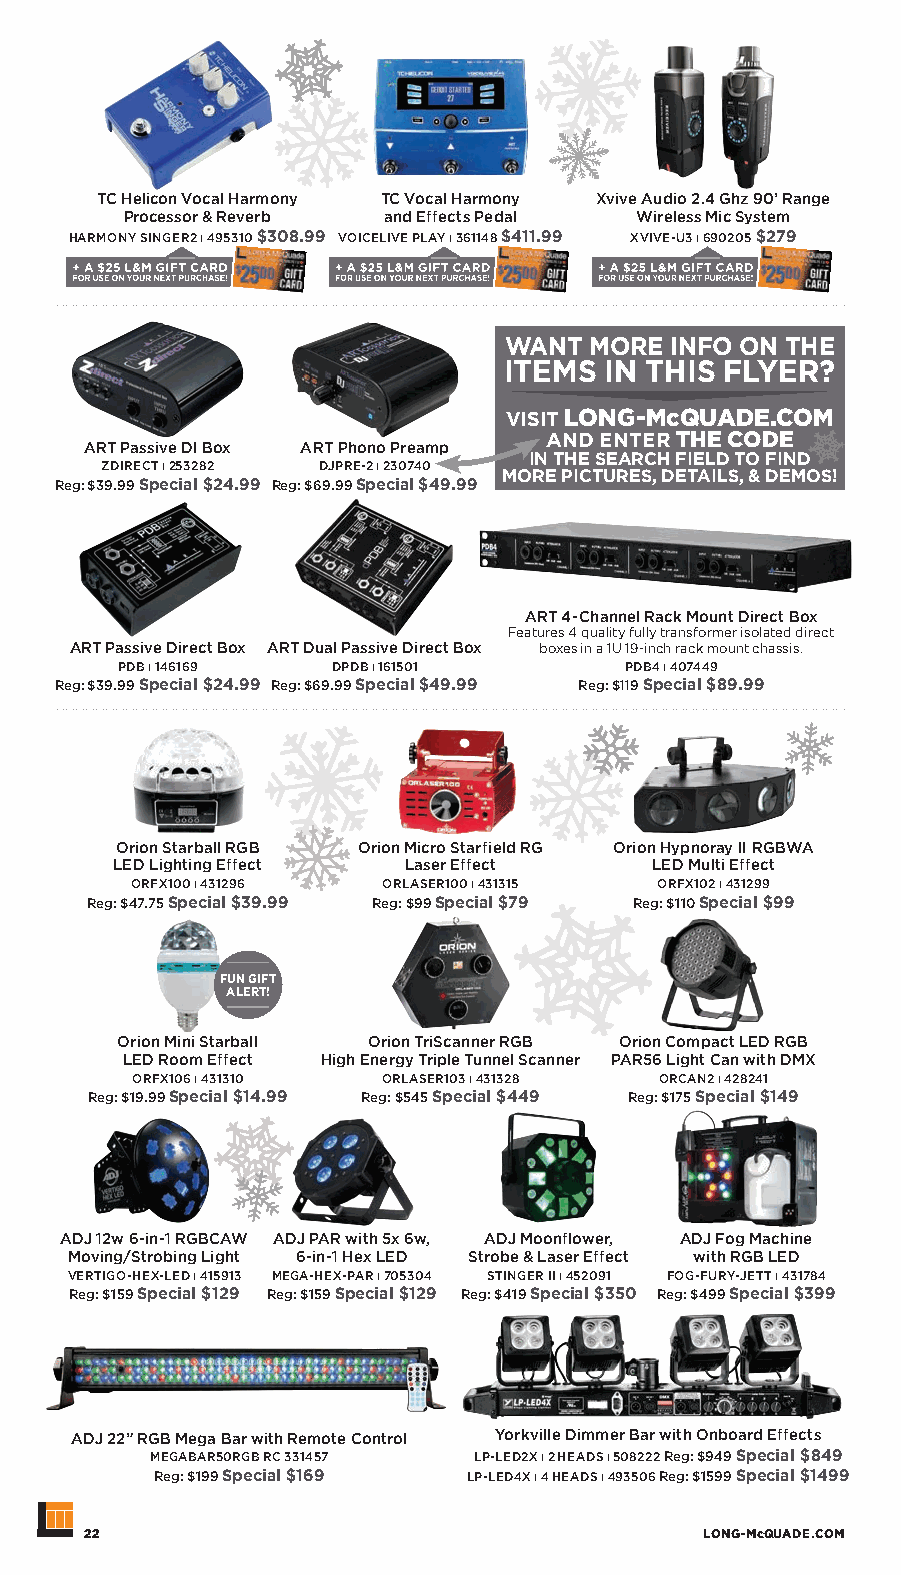
TC Helicon Vocal Harmony TC Vocal Harmony Xvive Audio 2.4 Ghz 90’ Range
 Processor & Reverb and Effects Pedal Wireless Mic System
 HARMONY SINGER2 ı 495310 $308.99 VOICELIVE PLAY ı 361148 $411.99 XVIVE-U3 ı 690205 $279
 WANT  MORE INFO ON THE
 ITEMS  IN THIS FLYER?
 VISIT LONG-McQUADE.COM
 AND ENTER THE CODE
 ART Passive DI Box ART Phono Preamp
 IN THE SEARCH FIELD TO FIND
 ZDIRECT ı 253282 DJPRE-2 ı 230740
 MORE PICTURES, DETAILS, & DEMOS!
 Reg: $39.99 Special $24.99 Reg: $69.99 Special $49.99
 ART 4-Channel Rack Mount Direct Box
 Features 4 quality fully transformer isolated direct
 ART Passive Direct Box ART Dual Passive Direct Box boxes in a 1U 19-inch rack mount chassis.
 PDB ı 146169  DPDB ı 161501      PDB4 ı 407449
 Reg: $39.99 Special $24.99 Reg: $69.99 Special $49.99 Reg: $119 Special $89.99
 Orion Starball RGB Orion Micro Starfield RG Orion Hypnoray II RGBWA
 LED Lighting Effect Laser Effect   LED Multi Effect
 ORFX100 ı 431296 ORLASER100 ı 431315 ORFX102 ı 431299
 Reg: $47.75 Special $39.99 Reg: $99 Special $79 Reg: $110 Special $99
 FUN GIFT
 ALERT!
 Orion Mini Starball Orion TriScanner RGB Orion Compact LED RGB
 LED Room Effect High Energy Triple Tunnel Scanner PAR56 Light Can with DMX
 ORFX106 ı 431310 ORLASER103 ı 431328 ORCAN2 ı 428241
 Reg: $19.99 Special $14.99 Reg: $545 Special $449 Reg: $175 Special $149
 ADJ 12w 6-in-1 RGBCAW ADJ PAR with 5x 6w, ADJ Moonflower, ADJ Fog Machine
 Moving/Strobing Light 6-in-1 Hex LED Strobe & Laser Effect with RGB LED
 VERTIGO-HEX-LED ı 415913 MEGA-HEX-PAR ı 705304 STINGER II ı 452091 FOG-FURY-JETT ı 431784
 Reg: $159 Special $129 Reg: $159 Special $129 Reg: $419 Special $350 Reg: $499 Special $399
 ADJ 22” RGB Mega Bar with Remote Control Yorkville Dimmer Bar with Onboard Effects
 MEGABAR50RGB RC 331457 LP-LED2X ı 2 HEADS ı 508222 Reg: $949 Special $849
 Reg: $199 Special $169 LP-LED4X ı 4 HEADS ı 493506 Reg: $1599 Special $1499
 22                                      LONG-McQUADE.COM